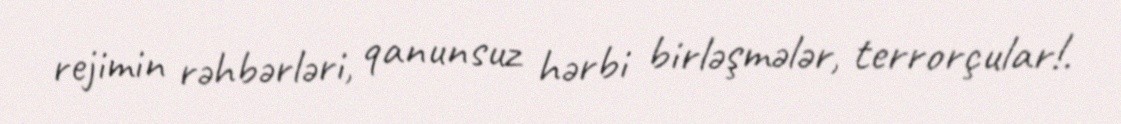
rejimin rəhbərləri, qanunsuz hərbi birləşmələr, terrorçular!.